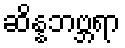
ဆိန္နဘဗ္ဘရာ